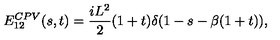
E _ { 1 2 } ^ { C P V } ( s , t ) = { \frac { i L ^ { 2 } } { 2 } } ( 1 + t ) \delta ( 1 - s - \beta ( 1 + t ) ) ,